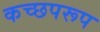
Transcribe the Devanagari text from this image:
कच्छपरूप